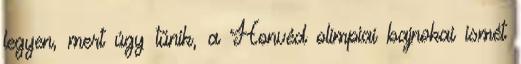
legyen, mert úgy tűnik, a Honvéd olimpiai bajnokai ismét